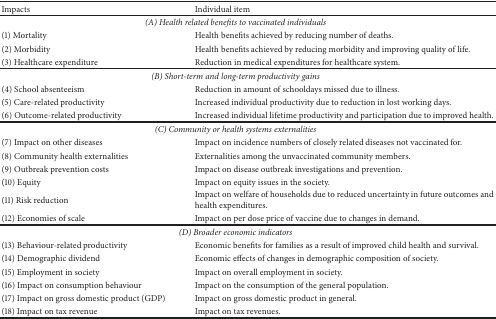
<table><thead><tr><td><b>Impacts </b></td><td><b>Individual item</b></td></tr></thead><tbody><tr><td colspan="2"><i>(A) Health related benefits to vaccinated individuals</i></td></tr><tr><td>(1) Mortality</td><td>Health benefits achieved by reducing number of deaths.</td></tr><tr><td>(2) Morbidity</td><td>Health benefits achieved by reducing morbidity and improving quality of life.</td></tr><tr><td>(3) Healthcare expenditure</td><td>Reduction in medical expenditures for healthcare system.</td></tr><tr><td colspan="2"><i>(B) Short-term and long-term productivity gains</i></td></tr><tr><td>(4) School absenteeism</td><td>Reduction in amount of schooldays missed due to illness.</td></tr><tr><td>(5) Care-related productivity</td><td>Increased individual productivity due to reduction in lost working days.</td></tr><tr><td>(6) Outcome-related productivity</td><td>Increased individual lifetime productivity and participation due to improved health.</td></tr><tr><td colspan="2"><i>(C) Community or health systems externalities</i></td></tr><tr><td>(7) Impact on other diseases</td><td>Impact on incidence numbers of closely related diseases not vaccinated for.</td></tr><tr><td>(8) Community health externalities</td><td>Externalities among the unvaccinated community members.</td></tr><tr><td>(9) Outbreak prevention costs</td><td>Impact on disease outbreak investigations and prevention.</td></tr><tr><td>(10) Equity</td><td>Impact on equity issues in the society.</td></tr><tr><td>(11) Risk reduction</td><td>Impact on welfare of households due to reduced uncertainty in future outcomes and health expenditures.</td></tr><tr><td>(12) Economies of scale</td><td>Impact on per dose price of vaccine due to changes in demand.</td></tr><tr><td colspan="2"><i>(D) Broader economic indicators</i></td></tr><tr><td>(13) Behaviour-related productivity</td><td>Economic benefits for families as a result of improved child health and survival.</td></tr><tr><td>(14) Demographic dividend</td><td>Economic effects of changes in demographic composition of society.</td></tr><tr><td>(15) Employment in society</td><td>Impact on overall employment in society.</td></tr><tr><td>(16) Impact on consumption behaviour</td><td>Impact on the consumption of the general population.</td></tr><tr><td>(17) Impact on gross domestic product (GDP)</td><td>Impact on gross domestic product in general.</td></tr><tr><td>(18) Impact on tax revenue</td><td>Impact on tax revenues.</td></tr></tbody></table>